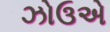
ઝોઉએ